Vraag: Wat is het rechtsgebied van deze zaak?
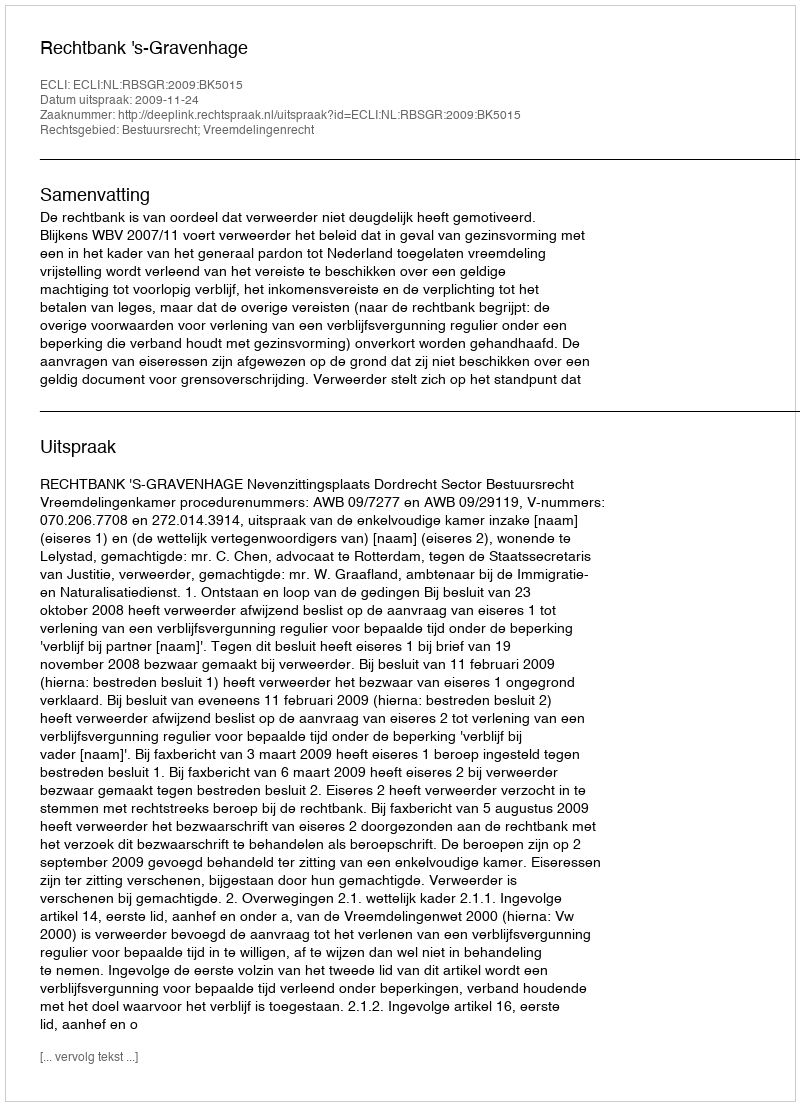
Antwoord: Bestuursrecht; Vreemdelingenrecht